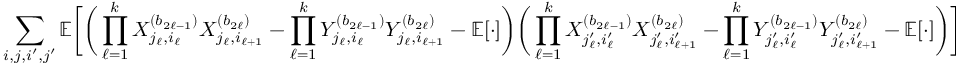
\sum _ { i , j , i ^ { \prime } , j ^ { \prime } } \mathbb { E } \bigg [ \bigg ( \prod _ { \ell = 1 } ^ { k } X _ { j _ { \ell } , i _ { \ell } } ^ { ( b _ { 2 \ell - 1 } ) } X _ { j _ { \ell } , i _ { \ell + 1 } } ^ { ( b _ { 2 \ell } ) } - \prod _ { \ell = 1 } ^ { k } Y _ { j _ { \ell } , i _ { \ell } } ^ { ( b _ { 2 \ell - 1 } ) } Y _ { j _ { \ell } , i _ { \ell + 1 } } ^ { ( b _ { 2 \ell } ) } - \mathbb { E } [ \cdot ] \bigg ) \bigg ( \prod _ { \ell = 1 } ^ { k } X _ { j _ { \ell } ^ { \prime } , i _ { \ell } ^ { \prime } } ^ { ( b _ { 2 \ell - 1 } ) } X _ { j _ { \ell } ^ { \prime } , i _ { \ell + 1 } ^ { \prime } } ^ { ( b _ { 2 \ell } ) } - \prod _ { \ell = 1 } ^ { k } Y _ { j _ { \ell } ^ { \prime } , i _ { \ell } ^ { \prime } } ^ { ( b _ { 2 \ell - 1 } ) } Y _ { j _ { \ell } ^ { \prime } , i _ { \ell + 1 } ^ { \prime } } ^ { ( b _ { 2 \ell } ) } - \mathbb { E } [ \cdot ] \bigg ) \bigg ]